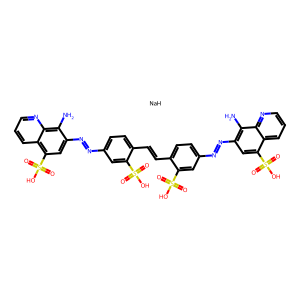
SMILES: Nc1c(N=Nc2ccc(C=Cc3ccc(N=Nc4cc(S(=O)(=O)O)c5cccnc5c4N)cc3S(=O)(=O)O)c(S(=O)(=O)O)c2)cc(S(=O)(=O)O)c2cccnc12.[NaH]
Inhibits HIV replication: No